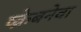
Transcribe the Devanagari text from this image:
ष्क्रेबनेवा